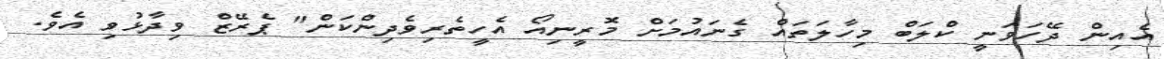
އެއިން ދޭހަވަނީ ކްލަބް މިހާލަތައް ގެނައުމަށް މޮރީނިއޯ އެހީތެރިވެދިންކަން" ޕެރޭޒް ވިދާޅުވި އެވެ.